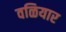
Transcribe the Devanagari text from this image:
वळियार